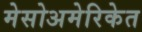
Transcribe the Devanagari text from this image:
मेसोअमेरिकेत